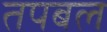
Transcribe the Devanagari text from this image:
तपबल